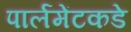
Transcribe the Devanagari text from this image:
पार्लमेंटकडे